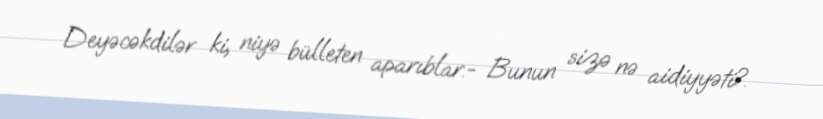
Deyəcəkdilər ki, niyə bülleten aparıblar.- Bunun sizə nə aidiyyəti?.